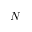
N